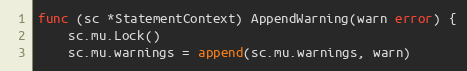
Language: Go
func (sc *StatementContext) AppendWarning(warn error) {
	sc.mu.Lock()
	sc.mu.warnings = append(sc.mu.warnings, warn)